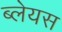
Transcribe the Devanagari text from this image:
ब्लेयस